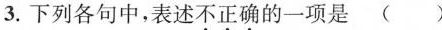
3.下列各句中，表述不正确的一项是()